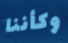
وكأننا